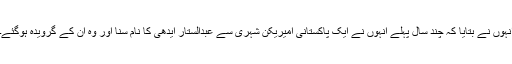
انہوں نے بتایا کہ چند سال پہلے انہوں نے ایک پاکستانی امیریکن شہری سے عبدالستار ایدھی کا نام سنا اور وہ ان کے گرویدہ ہوگئے۔